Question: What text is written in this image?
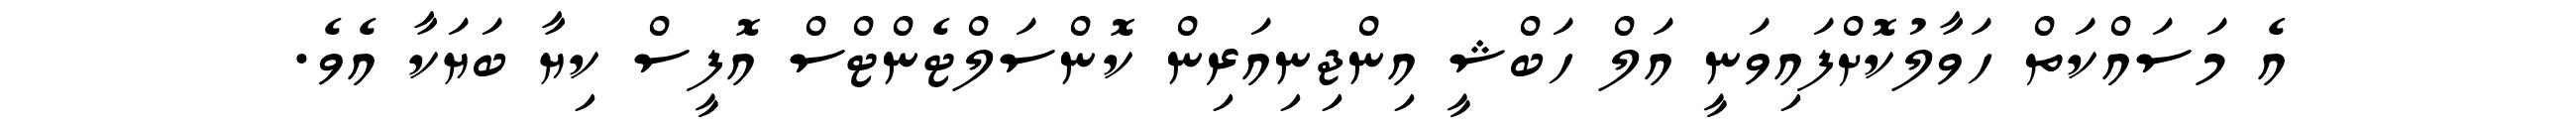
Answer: އެ މަސައްކަތް ހަވާލުކޮށްފައިވަނީ އަލް ހަބްޝީ އިންޖިނިއަރިން ކޮންސަލްޓެންޓްސް އޮފީސް ކިޔާ ބަޔަކާ އެވެ.